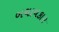
બચાવકાર